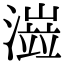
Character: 𤀆